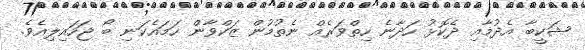
ޝަކީބާ އެދުމާއި ދެކޮޅު ހަދާނެ ހިތްވަރެއް ނެތުމުން ޒަކްވާން ހަމައެކަނި ބޯ ޖަހައިލިއެވެ.